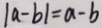
\vert a - b \vert = a - b